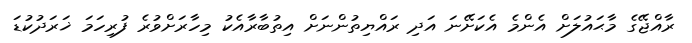
ރާއްޖޭގެ މާޙައުލަށް އެންމެ އެކަށޭނަ އަދި ރައްޔިތުންނަށް އިތުބާރާއެކު މިހާރަށްވުރެ ފުރިހަމަ ޚަރަދުކުޑަ